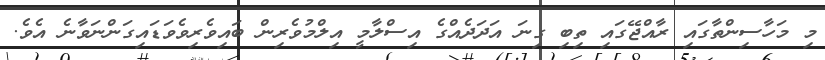
މި މަހާސިންތާގައި ރާއްޖޭގައި ތިބި ގިނަ އަދަދެއްގެ އިސްލާމީ އިލްމުވެރިން ބައިވެރިވެވަޑައިގަންނަވާނެ އެވެ.